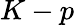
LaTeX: K-p